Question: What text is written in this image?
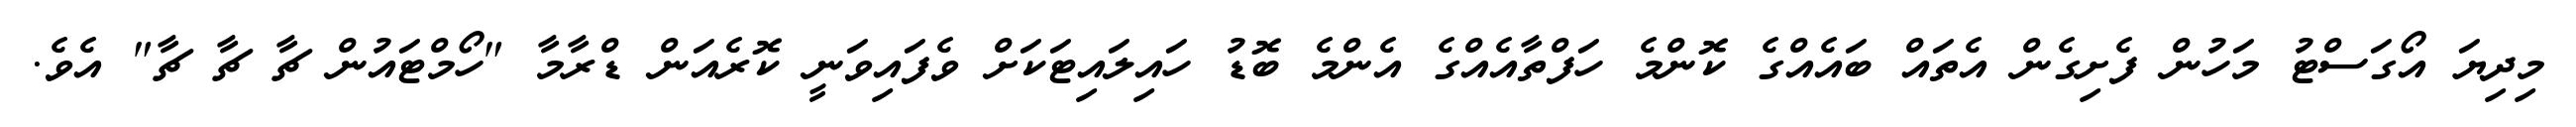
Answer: މިދިޔަ އޯގަސްޓު މަހުން ފެށިގެން އެތައް ބައެއްގެ ކޮންމެ ހަފްތާއެއްގެ އެންމެ ބޮޑު ހައިލައިޓަކަށް ވެފައިވަނީ ކޮރެއަން ޑްރާމާ "ހޯމްޓައުން ޗާ ޗާ ޗާ" އެވެ.